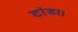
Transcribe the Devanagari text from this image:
टांडा।